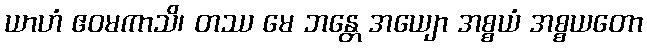
ယာဟံ ဧဝမကာသိ၊ တဿ မေ ဘန္တေ အယျော အစ္စယံ အစ္စယတော